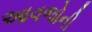
આવજોની